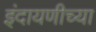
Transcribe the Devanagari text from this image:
इंदायणीच्या